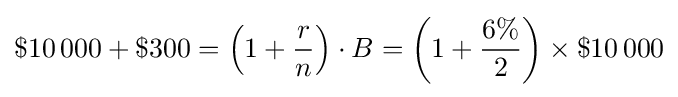
\$10\,000+\$300=\left(1+{\frac {r}{n}}\right)\cdot B=\left(1+{\frac {6\%}{2}}\right)\times \$10\,000